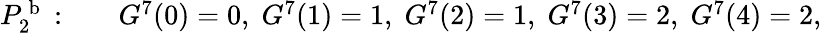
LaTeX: \begin{array}{rl}{P_{2}^{\mathrm{~b~}}:\quad}&{{}G^{7}(0)=0,\; G^{7}(1)=1,\; G^{7}(2)=1,\; G^{7}(3)=2,\; G^{7}(4)=2,}\end{array}